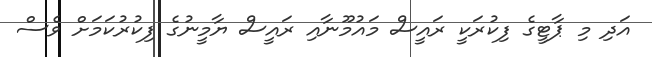
އަދި މި ޕާޓީގެ ފިކުރަކީ ރައީސް މައުމޫނާއި ރައީސް ޔާމީނުގެ ފިކުރުކަމަށް ވެސް